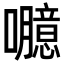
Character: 𡄯